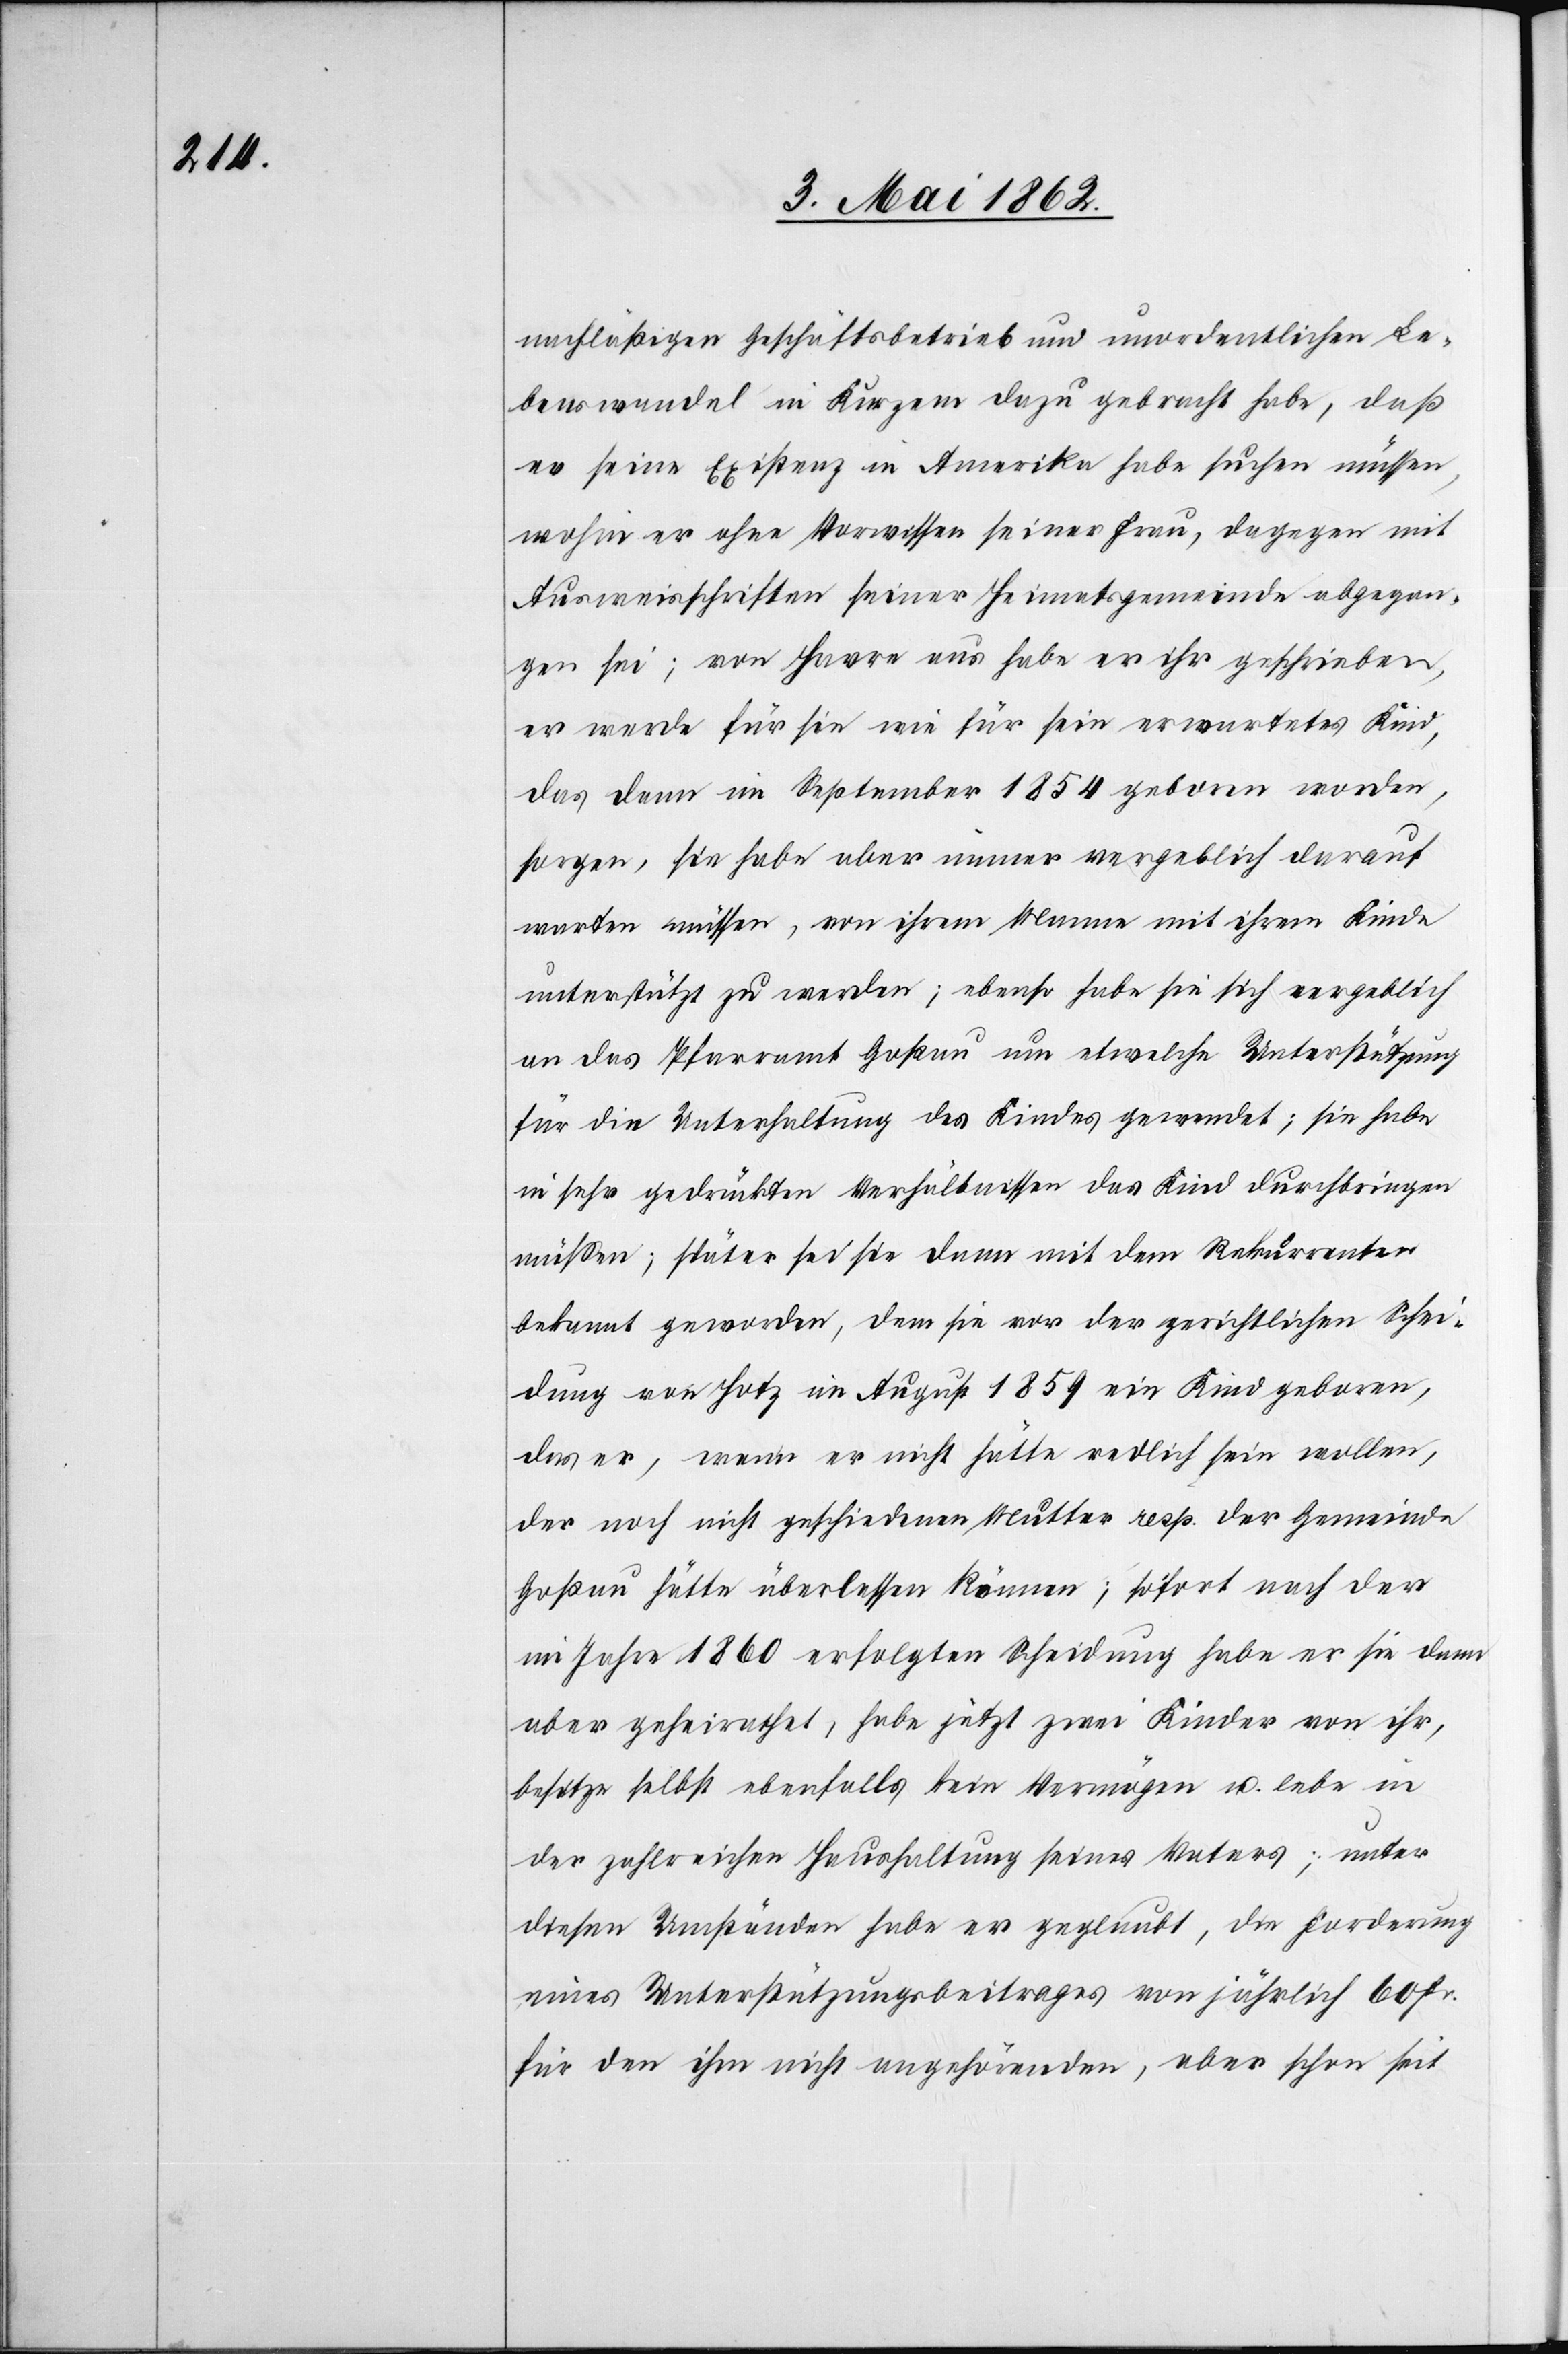
nachläßigen Geschäftsbetrieb und unordentlichen Le¬
benswandel in Kurzem dazu gebracht habe, daß
er seine Existenz in Amerika habe suchen müssen,
wohin er ohne Vorwissen seiner Frau, dagegen mit
Ausweisschriften seiner Heimatsgemeinde abgegan¬
gen sei; von Havre aus habe er ihr geschrieben,
er werde für sie wie für sein erwartetes Kind,
das denn im September 1854 geboren worden,
sorgen, sie habe aber immer vergeblich darauf
warten müssen, von ihrem Manne mit ihrem Kinde
unterstützt zu werden; ebenso habe sie sich vergeblich
an das Pfarramt Goßau um etwelche Unterstützung
für die Unterhaltung des Kindes gewendet; sie habe
in sehr gedrückten Verhältnisse das Kind durchbringen
müssen; später sei sie dann mit dem Rekurrenten
bekannt geworden, dem sie vor der gerichtlichen Schei¬
dung von Hotz im August 1859 ein Kind geboren,
das er, wenn er nicht hätte redlich sein wollen,
der noch nicht geschiedenen Mutter resp. der Gemeinde
Goßau hätte überlassen können; sofort nach der
im Jahre 1860 erfolgten Scheidung habe er sie dann
aber geheirathtet, habe jetzt zwei Kinder von ihr,
besitze selbst ebenfalls kein Vermögen u. lebe in
der zahlreichen Haushaltung seines Vaters; unter
diesen Umständen habe er geglaubt, die Forderung
eines Unterstützungsbeitrages von jährlich 60 Fr.
für den ihm nicht angehörenden, aber schon seit